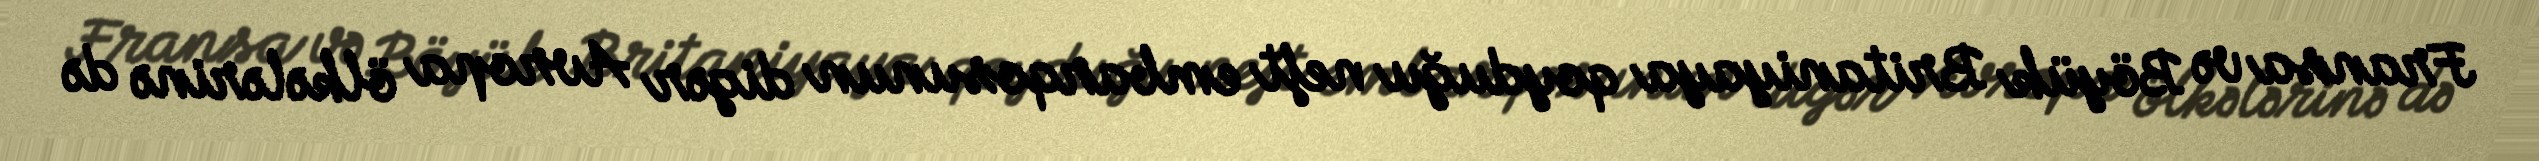
Fransa və Böyük Britaniyaya qoyduğu neft embarqosunun digər Avropa ölkələrinə də